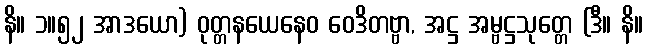
နိ။ ၁။၅၂ အာဒယော) ဝုတ္တနယေနေဝ ဝေဒိတဗ္ဗာ, အဋ္ဌ အမ္ဗဋ္ဌသုတ္တေ (ဒီ။ နိ။